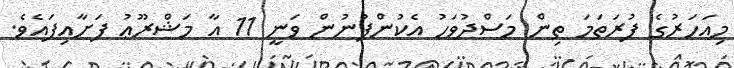
މިއަހަރުގެ ފުރަތަމަ ތިން މަސްދުވަހު އެކުންފުނުން ވަނީ 11 އާ މަޝްރޫޢު ފަށާއިފައެވެ.